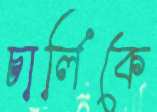
চার্লিকে